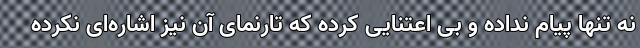
نه تنها پیام نداده و بی اعتنایی کرده که تارنمای آن نیز اشاره‌ای نکرده